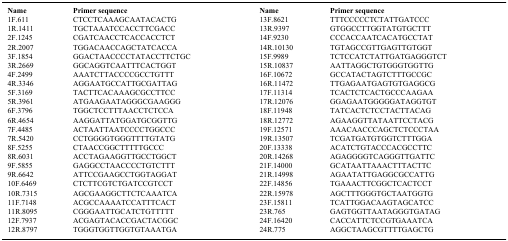
<table><thead><tr><td><b>Name</b></td><td><b>Primer sequence</b></td><td><b>Name</b></td><td><b>Primer sequence</b></td></tr></thead><tbody><tr><td>1F.611</td><td>CTCCTCAAAGCAATACACTG</td><td>13F.8621</td><td>TTTCCCCCTCTATTGATCCC</td></tr><tr><td>1R.1411</td><td>TGCTAAATCCACCTTCGACC</td><td>13R.9397</td><td>GTGGCCTTGGTATGTGCTTT</td></tr><tr><td>2F.1245</td><td>CGATCAACCTCACCACCTCT</td><td>14F.9230</td><td>CCCACCAATCACATGCCTAT</td></tr><tr><td>2R.2007</td><td>TGGACAACCAGCTATCACCA</td><td>14R.10130</td><td>TGTAGCCGTTGAGTTGTGGT</td></tr><tr><td>3F.1854</td><td>GGACTAACCCCTATACCTTCTGC</td><td>15F.9989</td><td>TCTCCATCTATTGATGAGGGTCT</td></tr><tr><td>3R.2669</td><td>GGCAGGTCAATTTCACTGGT</td><td>15R.10837</td><td>AATTAGGCTGTGGGTGGTTG</td></tr><tr><td>4F.2499</td><td>AAATCTTACCCCGCCTGTTT</td><td>16F.10672</td><td>GCCATACTAGTCTTTGCCGC</td></tr><tr><td>4R.3346</td><td>AGGAATGCCATTGCGATTAG</td><td>16R.11472</td><td>TTGAGAATGAGTGTGAGGCG</td></tr><tr><td>5F.3169</td><td>TACTTCACAAAGCGCCTTCC</td><td>17F.11314</td><td>TCACTCTCACTGCCCAAGAA</td></tr><tr><td>5R.3961</td><td>ATGAAGAATAGGGCGAAGGG</td><td>17R.12076</td><td>GGAGAATGGGGGATAGGTGT</td></tr><tr><td>6F.3796</td><td>TGGCTCCTTTAACCTCTCCA</td><td>18F.11948</td><td>TATCACTCTCCTACTTACAG</td></tr><tr><td>6R.4654</td><td>AAGGATTATGGATGCGGTTG</td><td>18R.12772</td><td>AGAAGGTTATAATTCCTACG</td></tr><tr><td>7F.4485</td><td>ACTAATTAATCCCCTGGCCC</td><td>19F.12571</td><td>AAACAACCCAGCTCTCCCTAA</td></tr><tr><td>7R.5420</td><td>CCTGGGGTGGGTTTTGTATG</td><td>19R.13507</td><td>TCGATGATGTGGTCTTTGGA</td></tr><tr><td>8F.5255</td><td>CTAACCGGCTTTTTGCCC</td><td>20F.13338</td><td>ACATCTGTACCCACGCCTTC</td></tr><tr><td>8R.6031</td><td>ACCTAGAAGGTTGCCTGGCT</td><td>20R.14268</td><td>AGAGGGGTCAGGGTTGATTC</td></tr><tr><td>9F.5855</td><td>GAGGCCTAACCCCTGTCTTT</td><td>21F.14000</td><td>GCATAATTAAACTTTACTTC</td></tr><tr><td>9R.6642</td><td>ATTCCGAAGCCTGGTAGGAT</td><td>21R.14998</td><td>AGAATATTGAGGCGCCATTG</td></tr><tr><td>10F.6469</td><td>CTCTTCGTCTGATCCGTCCT</td><td>22F.14856</td><td>TGAAACTTCGGCTCACTCCT</td></tr><tr><td>10R.7315</td><td>AGCGAAGGCTTCTCAAATCA</td><td>22R.15978</td><td>AGCTTTGGGTGCTAATGGTG</td></tr><tr><td>11F.7148</td><td>ACGCCAAAATCCATTTCACT</td><td>23F.15811</td><td>TCATTGGACAAGTAGCATCC</td></tr><tr><td>11R.8095</td><td>CGGGAATTGCATCTGTTTTT</td><td>23R.765</td><td>GAGTGGTTAATAGGGTGATAG</td></tr><tr><td>12F.7937</td><td>ACGAGTACACCGACTACGGC</td><td>24F.16420</td><td>CACCATTCTCCGTGAAATCA</td></tr><tr><td>12R.8797</td><td>TGGGTGGTTGGTGTAAATGA</td><td>24R.775</td><td>AGGCTAAGCGTTTTGAGCTG</td></tr></tbody></table>